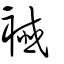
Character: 襳